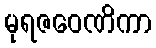
မုရဇဝေဏိကာ